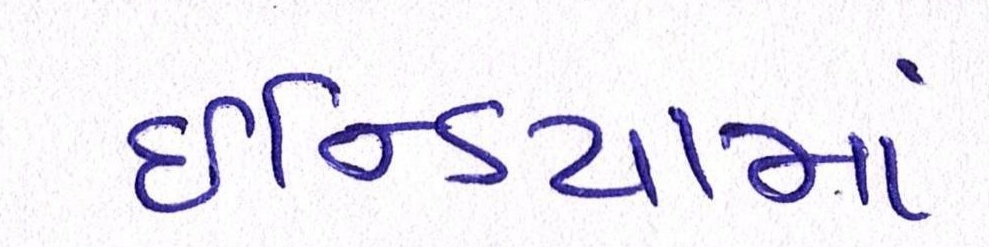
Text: ઇન્ડિયામાં